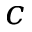
c